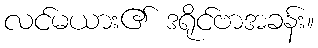
လင်မယား၏ ဒရိုင်ဗာအခန်း။